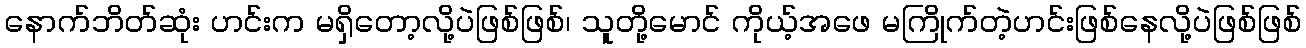
နောက်ဘိတ်ဆုံး ဟင်းက မရှိတော့လို့ပဲဖြစ်ဖြစ်၊ သူတို့မောင် ကိုယ့်အဖေ မကြိုက်တဲ့ဟင်းဖြစ်နေလို့ပဲဖြစ်ဖြစ်